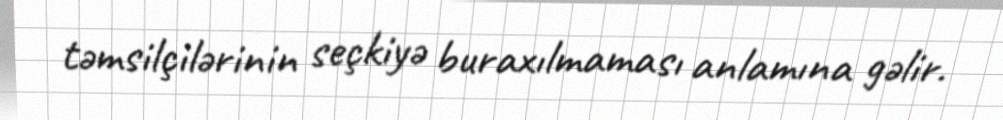
təmsilçilərinin seçkiyə buraxılmaması anlamına gəlir.